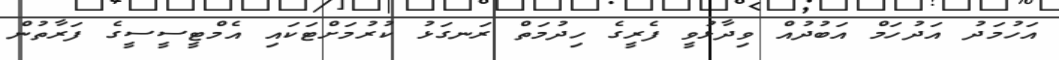
އަހުމަދު އަދުހަމް އަބުދުއް ވިދާޅުވީ ފެރީގެ ހިދުމަތް ރަނގަޅު ކުރުމަށްޓަކައި އެމްޓީސީސީގެ ފަރާތުން